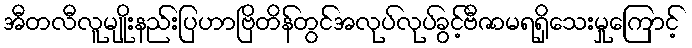
အီတလီလူမျိုးနည်းပြဟာဗြိတိန်တွင်အလုပ်လုပ်ခွင့်ဗီဇာမရရှိသေးမှုကြောင့်